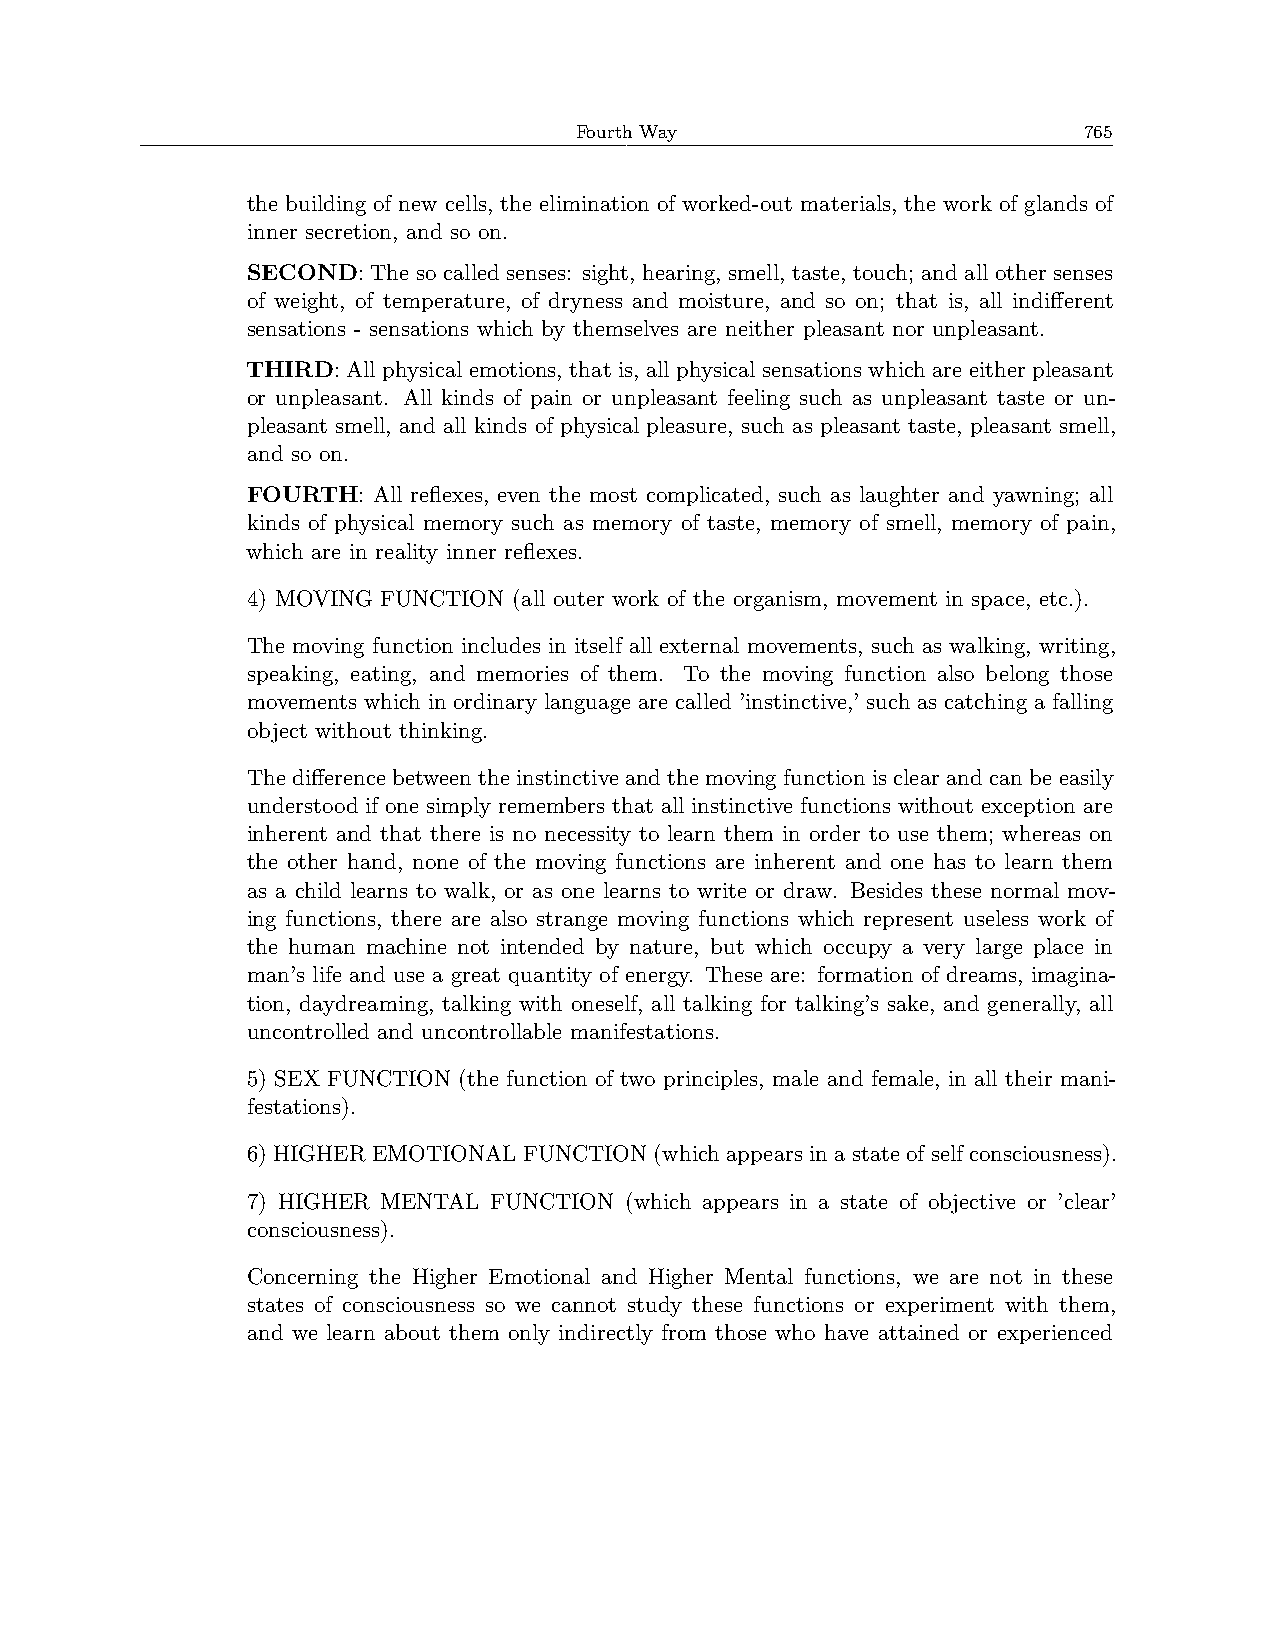
Fourth Way                        765
 the building of new cells, the elimination of worked-out materials, the work of glands of
 inner secretion, and so on.
 SECOND:  The so called senses: sight, hearing, smell, taste, touch; and all other senses
 of weight, of temperature, of dryness and moisture, and so on; that is, all indifferent
 sensations - sensations which by themselves are neither pleasant nor unpleasant.
 THIRD:All physicalemotions, thatis, all physicalsensationswhichareeither pleasant
 or unpleasant. All kinds of pain or unpleasant feeling such as unpleasant taste or un-
 pleasant smell, and all kinds of physical pleasure, such as pleasant taste, pleasant smell,
 and so on.
 FOURTH:  All reflexes, even the most complicated, such as laughter and yawning; all
 kinds of physical memory such as memory of taste, memory of smell, memory of pain,
 which are in reality inner reflexes.
 4) MOVING FUNCTION (all outer work of the organism, movement in space, etc.).
 The moving function includes in itself all external movements, such as walking, writing,
 speaking, eating, and memories of them. To the moving function also belong those
 movements which in ordinary language are called ’instinctive,’ such as catching a falling
 object without thinking.
 Thedifferencebetweentheinstinctiveandthemovingfunctionisclearandcanbeeasily
 understood if one simply remembers that all instinctive functions without exception are
 inherent and that there is no necessity to learn them in order to use them; whereas on
 the other hand, none of the moving functions are inherent and one has to learn them
 as a child learns to walk, or as one learns to write or draw. Besides these normal mov-
 ing functions, there are also strange moving functions which represent useless work of
 the human machine not intended by nature, but which occupy a very large place in
 man’s life and use a great quantity of energy. These are: formation of dreams, imagina-
 tion, daydreaming, talking with oneself, all talking for talking’s sake, and generally, all
 uncontrolled and uncontrollable manifestations.
 5) SEX FUNCTION (the function of two principles, male and female, in all their mani-
 festations).
 6)HIGHEREMOTIONALFUNCTION(whichappearsinastateofselfconsciousness).
 7) HIGHER MENTAL FUNCTION (which appears in a state of objective or ’clear’
 consciousness).
 Concerning the Higher Emotional and Higher Mental functions, we are not in these
 states of consciousness so we cannot study these functions or experiment with them,
 and we learn about them only indirectly from those who have attained or experienced